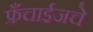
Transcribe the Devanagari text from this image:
फ्रँचाईजचे